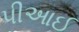
પીઆઈ